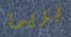
بريئ